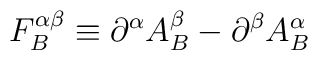
F_{B}^{\alpha \beta }\equiv \partial ^{\alpha }A_{B}^{\beta }-\partial^{\beta }A_{B}^{\alpha }